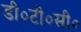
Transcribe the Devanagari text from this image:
डी०टी०सी०